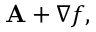
\mathbf { A } + \nabla f ,